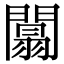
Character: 闒